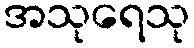
အသုရေသု